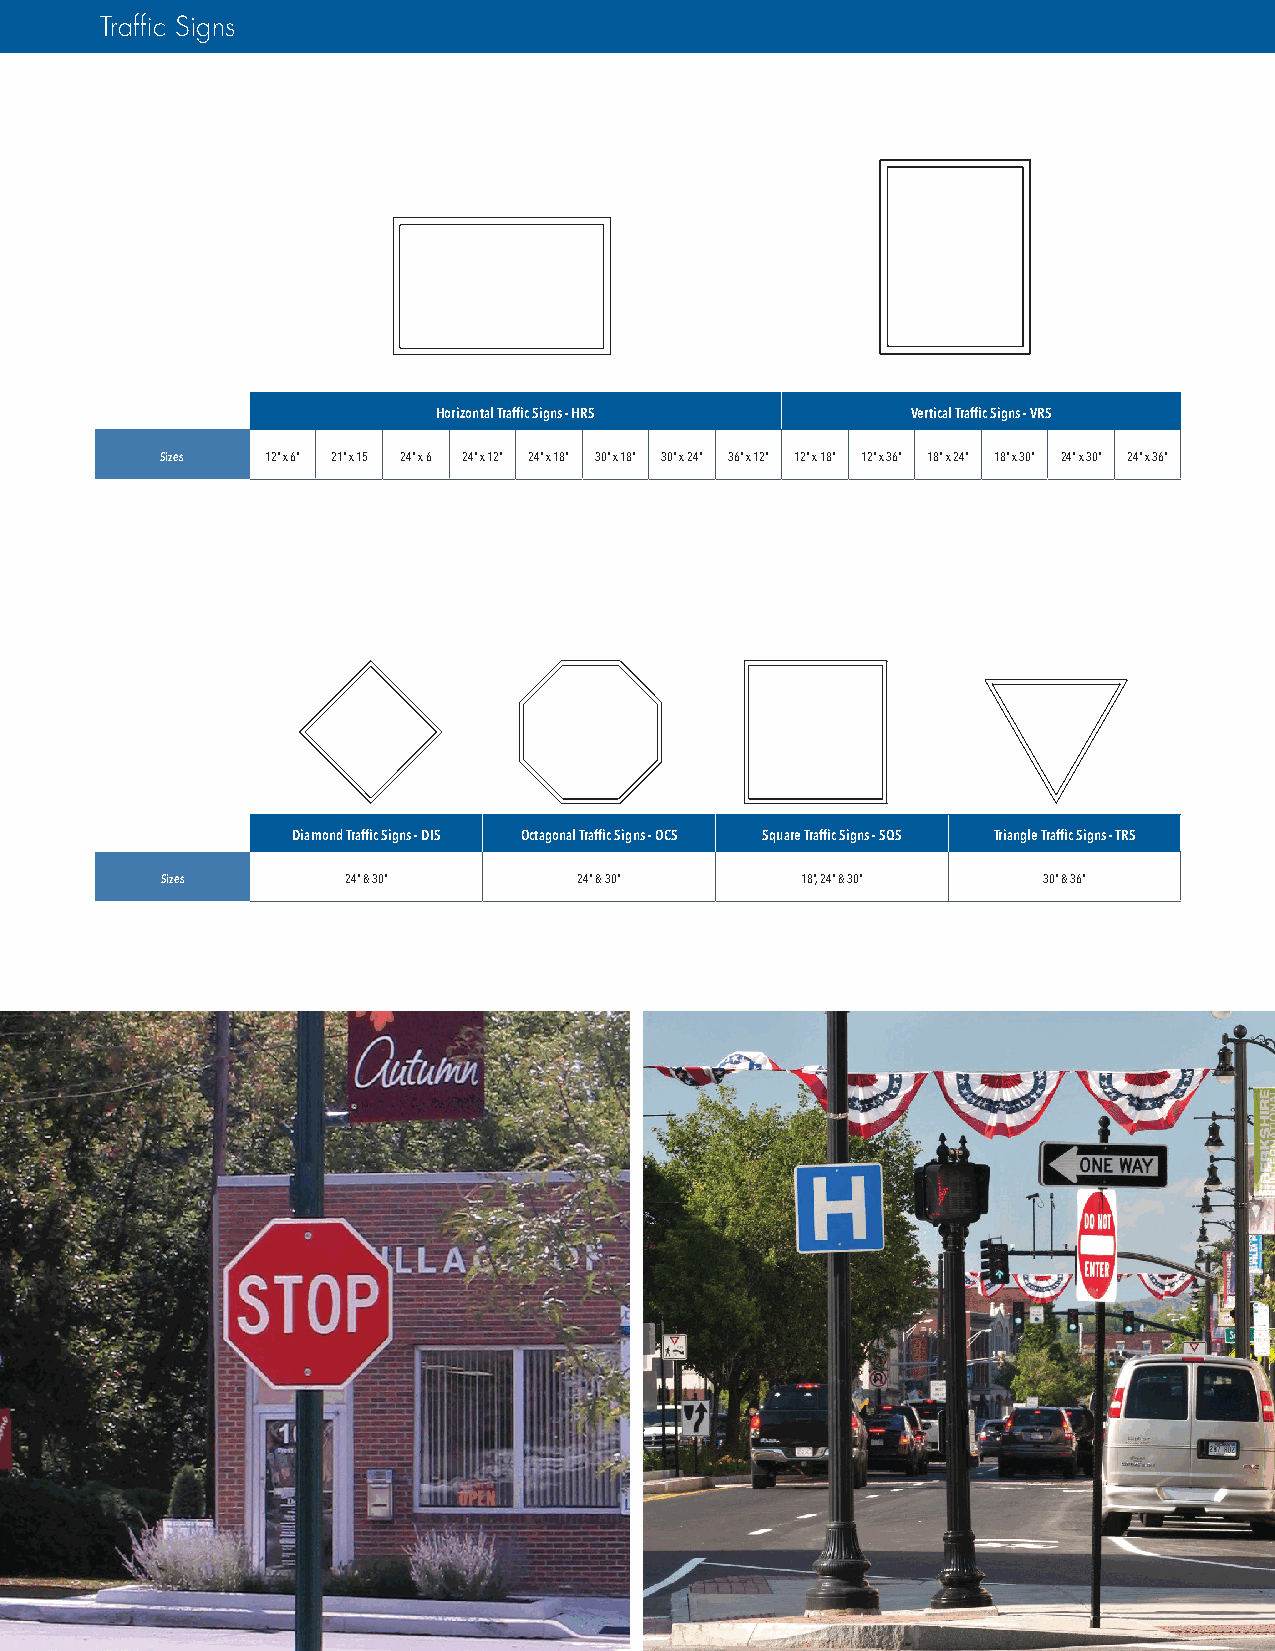
Traffic Signs
 Horizontal Traffic Signs - HRS Vertical Traffic Signs - VRS
 Sizes  12” x 6” 21” x 15 24” x 6 24” x 12” 24” x 18” 30” x 18” 30” x 24” 36” x 12” 12” x 18” 12” x 36” 18” x 24” 18” x 30” 24” x 30” 24” x 36”
 Diamond Traffic Signs - DIS Octagonal Traffic Signs - OCS Square Traffic Signs - SQS Triangle Traffic Signs - TRS
 Sizes       24” & 30”      24” & 30”      18”, 24” & 30”  30” & 36”
 Poles, Arms and Accessories Guide: 27